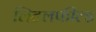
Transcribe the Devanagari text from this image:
लिटलफील्ड